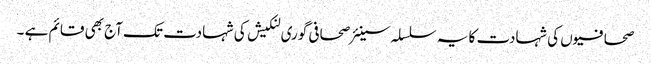
صحافیوں کی شہادت کا یہ سلسلہ سینئر صحافی گوری لنکیش کی شہادت تک آج بھی قائم ہے ۔